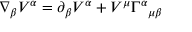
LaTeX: \nabla _ { \beta } V ^ { \alpha } = \partial _ { \beta } V ^ { \alpha } + V ^ { \mu } \Gamma ^ { \alpha } { } _ { \mu \beta }